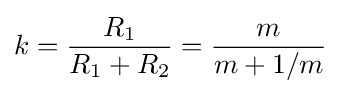
k={\frac {R_{1}}{R_{1}+R_{2}}}={\frac {m}{m+1/m}}